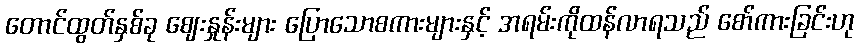
တောင်ထွတ်နှစ်ခု ဈေးနှုန်းများ ပြောသောစကားများနှင့် အရမ်းကိုထန်လာရသည် စော်ကားခြင်းဟု